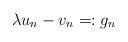
LaTeX: \begin{align*}\lambda u_n-v_n=:g_n\end{align*}